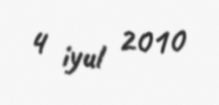
4 iyul 2010